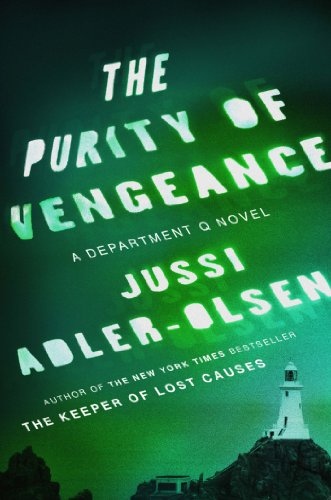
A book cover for The Purity of Vengeance: A Department Q Novel; Jussi Adler-Olsen; Mystery, Thriller & Suspense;